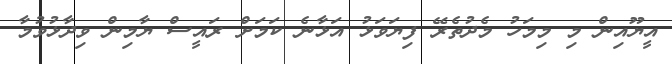
އީޔޫއިން މި މިމަހު މެދުތެރޭ ފިޔަވަޅު އަޅާނެ ކަމަށް ރައީސް ޔާމިން ވިދާޅުވުމާ